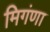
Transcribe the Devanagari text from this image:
मिगंणा